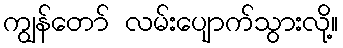
ကျွန်တော် လမ်းပျောက်သွားလို့။